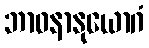
ဘာဝနာနုယောဂံ